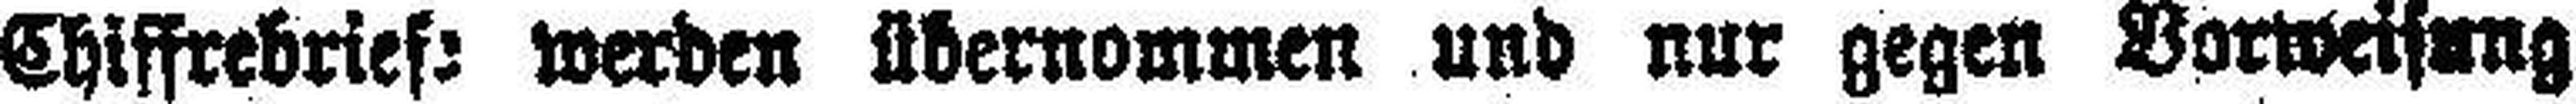
Chiffrebrief: werden übernommen und nur gegen Vorweisung